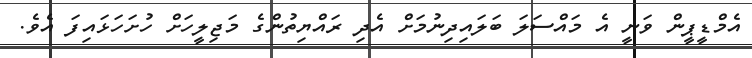
އެމްޑީޕީން ވަނީ އެ މައްސަލަ ބަލައިދިނުމަށް އެދި ރައްޔިތުންގެ މަޖިލީހަށް ހުށަހަޅައިފަ އެވެ.